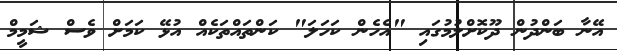
އޭނާ ބަންދުން ދޫކޮށްލުމުގައި "އެހެން ކަހަލަ" ކަންތައްތަކެއް އުޅޭ ކަމަށް ވެސް ޝަމީމް